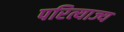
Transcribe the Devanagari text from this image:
परित्याज्य